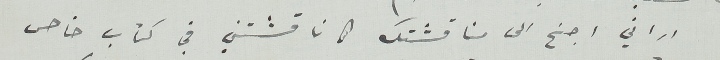
أراني اجنح الى مناقشتك كما ناقشتني في كتاب خاص